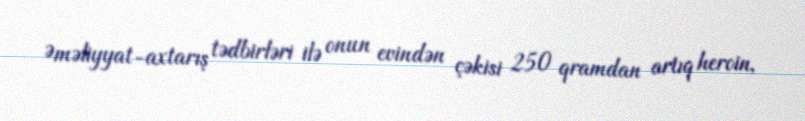
Əməliyyat-axtarış tədbirləri ilə onun evindən çəkisi 250 qramdan artıq heroin,